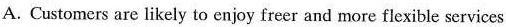
A. Customers are likely to enjoy freer and more flexible services.